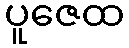
ပူဇေထ